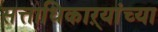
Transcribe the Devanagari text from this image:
सत्ताधिकाऱ्यांच्या